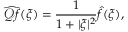
\widehat { \mathscr { Q } f } ( \xi ) = \frac { 1 } { 1 + | \xi | ^ { 2 } } \widehat { f } ( \xi ) ,